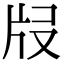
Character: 𤖰